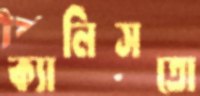
ক্যালিসতো